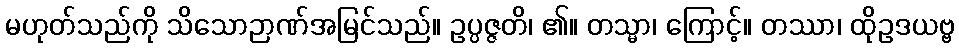
မဟုတ်သည်ကို သိသောဉာဏ်အမြင်သည်။ ဥပ္ပဇ္ဇတိ၊ ၏။ တသ္မာ၊ ကြောင့်။ တဿာ၊ ထိုဥဒယဗ္ဗ